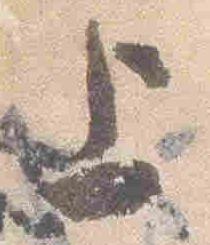
上